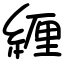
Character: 緾